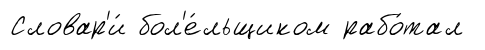
Словар'и́ бол'е́льщиком рабо́тал